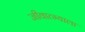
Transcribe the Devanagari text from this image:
जीवात्म्याला